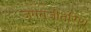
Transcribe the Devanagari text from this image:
जगतजीतसिंग